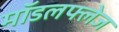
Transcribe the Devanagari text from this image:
मॉडलफ्लेज